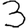
Digit: 3